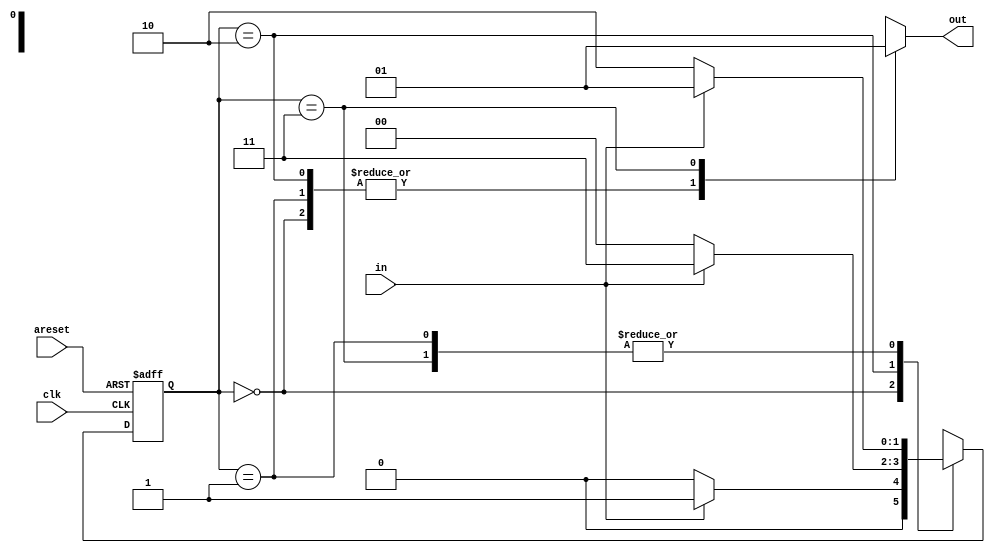
module top_module(
    input clk,
    input in,
    input areset,
    output out);

    parameter A=2'd0, B=2'd1, C=2'd2, D=2'd3;
    reg [1:0] state,next_state;
    
    // State transition logic
    always@(state,in)
        begin
            case(state)
                A: next_state = in ? B:A;
               	B: next_state = in ? B:C;
                C: next_state = in ? D:A;
                D: next_state = in ? B:C;
            endcase
        end
    
    // State flip-flops with asynchronous reset
    always@(posedge clk, posedge areset)
        begin
            if(areset)
                begin
                	state = A;
                end
            else
                state <= next_state;
        end
    
    // Output logic
    always@(state)
        begin
            case(state)
                A: out <= 1'b0;
               	B: out <= 1'b0;
                C: out <= 1'b0;
                D: out <= 1'b1;
                default: out <= 1'b0;
            endcase
        end
    
endmodule